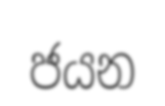
ජයන